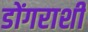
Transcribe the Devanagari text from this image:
डोंगराशी